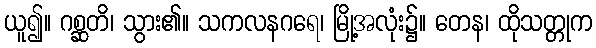
ယူ၍။ ဂစ္ဆတိ၊ သွား၏။ သကလနဂရေ၊ မြို့အလုံး၌။ တေန၊ ထိုသတ္တုက